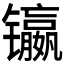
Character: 𲈠